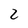
Character: 2